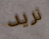
تريد